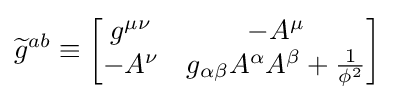
{\widetilde {g}}^{ab}\equiv {\begin{bmatrix}g^{\mu \nu }&-A^{\mu }\\-A^{\nu }&g_{\alpha \beta }A^{\alpha }A^{\beta }+{\frac {1}{\phi ^{2}}}\end{bmatrix}}